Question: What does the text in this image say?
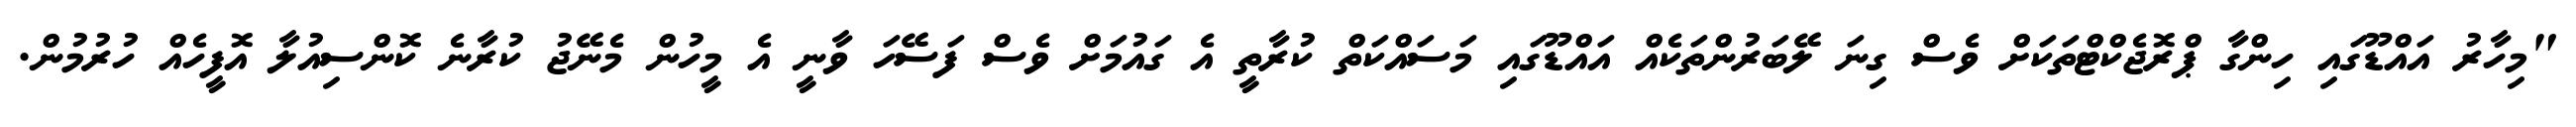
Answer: "މިހާރު އައްޑޫގައި ހިންގާ ޕްރޮޖެކްޓްތަކަށް ވެސް ގިނަ ލޭބަރުންތަކެއް އައްޑޫގައި މަސައްކަތް ކުރާތީ އެ ގައުމަށް ވެސް ފަސޭހަ ވާނީ އެ މީހުން މެނޭޖު ކުރާނެ ކޮންސިއުލާ އޮފީހެއް ހުރުމުން.